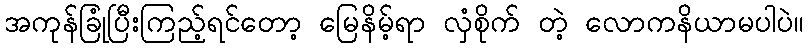
အကုန်ခြုံပြီးကြည့်ရင်တော့ မြေနိမ့်ရာ လှံစိုက် တဲ့ လောကနိယာမပါပဲ။